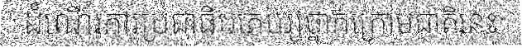
ដំណើរការប្រជាធិបតេយ្យថ្នាក់ក្រោមជាតិនេះ